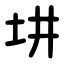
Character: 㘫